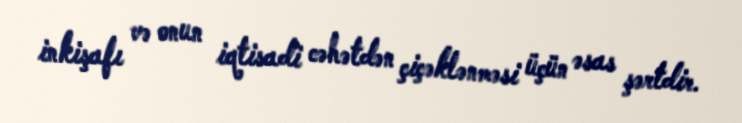
inkişafı və onun iqtisadi cəhətdən çiçəklənməsi üçün əsas şərtdir.